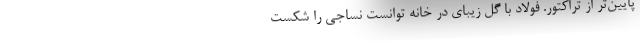
پایین‌تر از تراکتور. فولاد با گل زیبای در خانه توانست نساجی را شکست